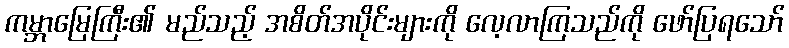
ကမ္ဘာမြေကြီး၏ မည်သည့် အစိတ်အပိုင်းများကို လေ့လာကြသည်ကို ဖော်ပြရသော်